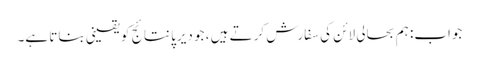
جواب: ہم بحالی لائن کی سفارش کرتے ہیں ، جو دیرپا نتائج کو یقینی بناتا ہے۔